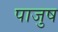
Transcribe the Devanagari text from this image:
पाजुष